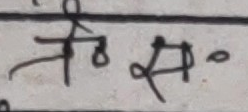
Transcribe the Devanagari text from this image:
तै सा ०